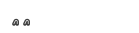
٥٠